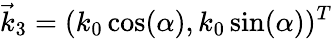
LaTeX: \vec{k}_{3}=(k_{0}\cos(\alpha),k_{0}\sin(\alpha))^{T}